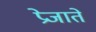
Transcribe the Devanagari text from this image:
प्रेजाते